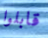
قابلوا